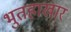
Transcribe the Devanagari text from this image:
भुतहाखार